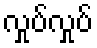
လှုပ်လှုပ်